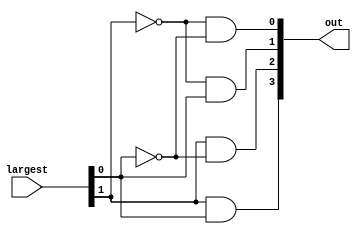
/*  @return the 1-Hot number corrosponding to the lane with the 
 *          largest number of cars present.
 *  Where: 
 *      out = 0001 -> lane = N
 *      out = 0010 -> lane = E
 *      out = 0100 -> lane = S
 *      out = 1000 -> lane = W
 */
module Decoder(largest, out);
	input [1:0] largest;
	output [3:0] out;

	assign out[0] = ~largest[1] & ~largest[0];
    assign out[1] = ~largest[1] &  largest[0];
    assign out[2] =  largest[1] & ~largest[0];
    assign out[3] =  largest[1] &  largest[0];
endmodule


// A module that recieves the output of a decoder, and translates it onto a signal compatible with the light signals 
//      that are expected by Breadboard and testbench
module DecoderToLights (inFromDecoder, outToLights);
    input  [3:0] inFromDecoder;
    output [7:0] outToLights;

    //4 bit decoder onehot to 8 bit lights output
    assign outToLights = {inFromDecoder[3], inFromDecoder[3], 
                        inFromDecoder[2], inFromDecoder[2], 
                        inFromDecoder[1], inFromDecoder[1], 
                        inFromDecoder[0], inFromDecoder[0]};
endmodule